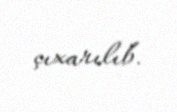
çıxarılıb.